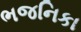
ભજનિકા